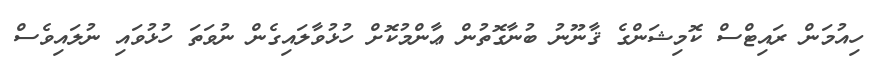
ހިއުމަން ރައިޓްސް ކޮމިޝަންގެ ޤާނޫނު ބުނާގޮތުން ޢާންމުކޮށް ހުޅުވާލައިގެން ނުވަތަ ހުޅުވައި ނުލައިވެސް